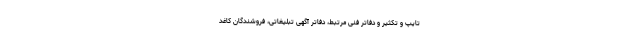
تایپ و تکثیر و دفاتر فنی مرتبط، دفاتر آگهی تبلیغاتی، فروشندگان کاغد